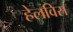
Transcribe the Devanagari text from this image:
हेलविस